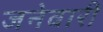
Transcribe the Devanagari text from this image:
जनेवारी